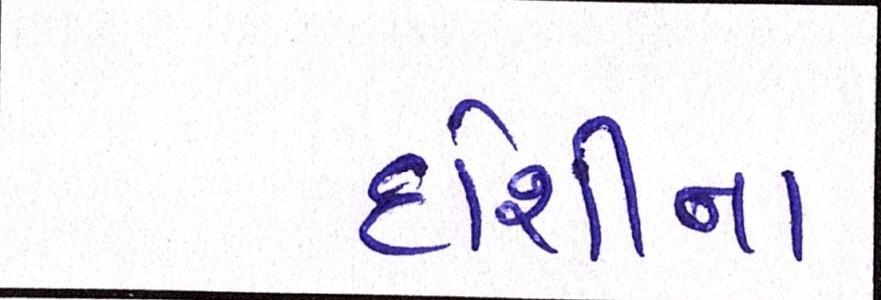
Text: દોશીના